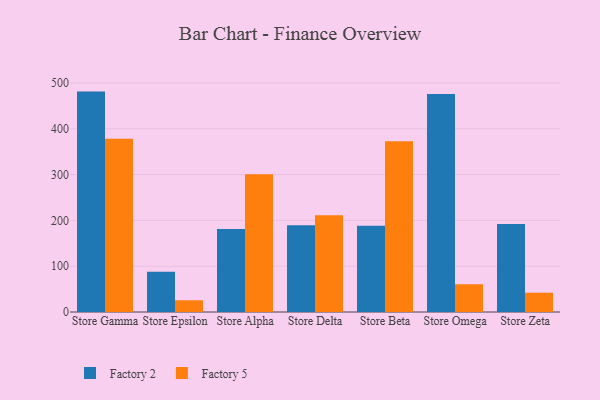
{"axis": {"x": "Store", "y": "Revenue (USD Million)"}, "legend": ["Factory 2", "Factory 5"], "data": [{"x": "Store Gamma", "y": 481.1, "type": "Factory 2"}, {"x": "Store Gamma", "y": 378.4, "type": "Factory 5"}, {"x": "Store Epsilon", "y": 88.1, "type": "Factory 2"}, {"x": "Store Epsilon", "y": 25.6, "type": "Factory 5"}, {"x": "Store Alpha", "y": 181.0, "type": "Factory 2"}, {"x": "Store Alpha", "y": 300.9, "type": "Factory 5"}, {"x": "Store Delta", "y": 189.2, "type": "Factory 2"}, {"x": "Store Delta", "y": 211.0, "type": "Factory 5"}, {"x": "Store Beta", "y": 188.2, "type": "Factory 2"}, {"x": "Store Beta", "y": 372.6, "type": "Factory 5"}, {"x": "Store Omega", "y": 475.6, "type": "Factory 2"}, {"x": "Store Omega", "y": 60.6, "type": "Factory 5"}, {"x": "Store Zeta", "y": 192.1, "type": "Factory 2"}, {"x": "Store Zeta", "y": 42.1, "type": "Factory 5"}]}